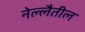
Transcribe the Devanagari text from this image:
नेल्लैतील